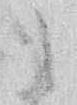
之